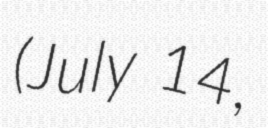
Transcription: (July 14,